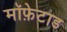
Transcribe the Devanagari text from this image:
मॉफ़ेटाड